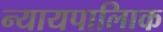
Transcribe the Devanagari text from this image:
न्यायपालिाक